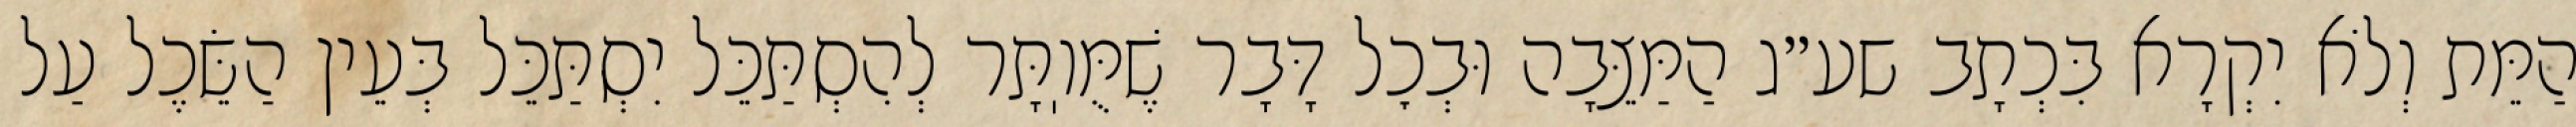
הַמֵּת וְלֹא יִקְרָא בִּכְתָב שע״ג הַמַּצֵּבָה וּבְכׇל דָּבָר שֶׁמֻּוֽתָּר לְהִסְתַּכֵּל יִסְתַּכֵּל בְּעֵין הַשֵּׂכֶל עַל